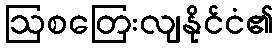
ဩစတြေးလျနိုင်ငံ၏